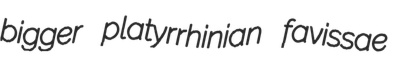
bigger platyrrhinian favissae